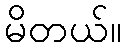
မိတယ်။